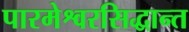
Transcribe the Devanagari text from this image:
पारमेश्वरसिद्धान्त